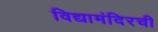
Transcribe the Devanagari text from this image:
विद्यामंदिरची